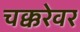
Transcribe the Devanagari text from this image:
चक्करेवर